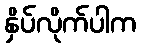
နှိပ်လိုက်ပါက